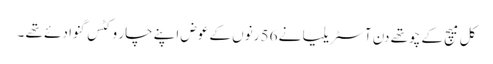
کل میچ کے چوتھے دن آسٹریلیا نے 56 رنوں کے عوض اپنے چار وکٹس گنوا دئے تھے ۔